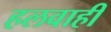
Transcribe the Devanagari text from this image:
हलवाही